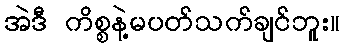
အဲဒီ ကိစ္စနဲ့မပတ်သက်ချင်ဘူး။